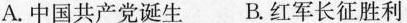
A.中国共产党诞生B.红军长征胜利